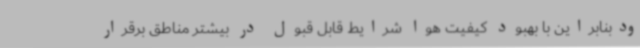
ودبنابراین با بهبود کیفیت هوا شرایط قابل قبول در بیشتر مناطق برقرار